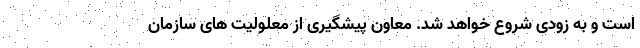
است و به زودی شروع خواهد شد. معاون پیشگیری از معلولیت های سازمان